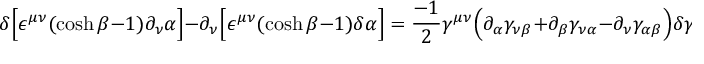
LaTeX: \delta \Bigl [ \epsilon ^ { \mu \nu } ( \cosh \beta - 1 ) \partial _ { \nu } \alpha \Bigr ] - \partial _ { \nu } \Bigl [ \epsilon ^ { \mu \nu } ( \cosh \beta - 1 ) \delta \alpha \Bigr ] = \frac { - 1 } { 2 } \gamma ^ { \mu \nu } \Bigl ( \partial _ { \alpha } \gamma _ { \nu \beta } + \partial _ { \beta } \gamma _ { \nu \alpha } - \partial _ { \nu } \gamma _ { \alpha \beta } \Bigr ) \delta \gamma ^ { \alpha \beta }